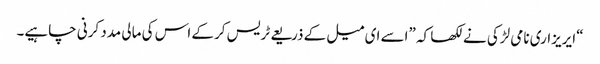
“ایریزاری نامی لڑکی نے لکھا کہ ”اسے ای میل کے ذریعے ٹریس کرکے اس کی مالی مدد کرنی چاہیے۔